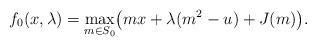
LaTeX: \begin{align*}f_0(x,\lambda)=\max_{m\in S_0}\bigl(m x+\lambda (m^2-u)+J(m) \bigr).\end{align*}